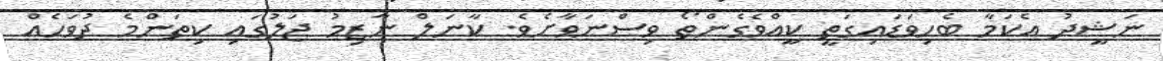
ނަޝީދު އެކަމާ ބެހިވަޑައިގަތީ ކީއްވެގެންތޯ ވިސްނަވާށެވެ. ކާނަލް ނާޒިމު ޖަލުގައި ކިތަންމެ ދުވަހެއް